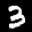
Label: 3